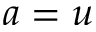
a = u